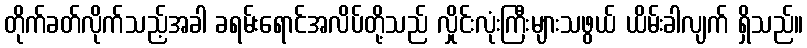
တိုက်ခတ်လိုက်သည့်အခါ ခရမ်းရောင်အလိပ်တို့သည် လှိုင်းလုံးကြီးများသဖွယ် ယိမ်းခါလျက် ရှိသည်။